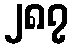
၂၈၇